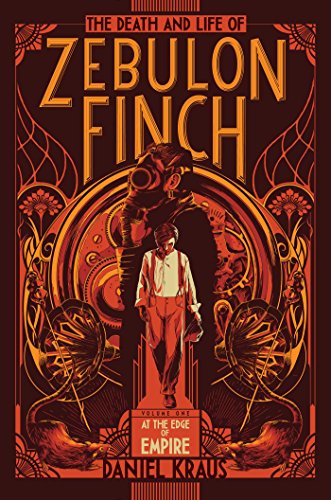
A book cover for The Death and Life of Zebulon Finch, Volume One: At the Edge of Empire; Daniel Kraus; Teen & Young Adult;